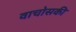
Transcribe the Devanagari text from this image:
वाचोसकी